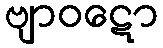
ဗျာဝဋော